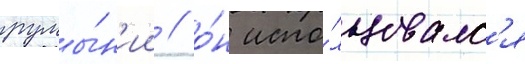
румы́н'ии / о́н испо́льзовалс'я